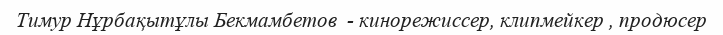
Тимур Нұрбақытұлы Бекмамбетoв  - кинорежиссер, клипмейкер , продюсер